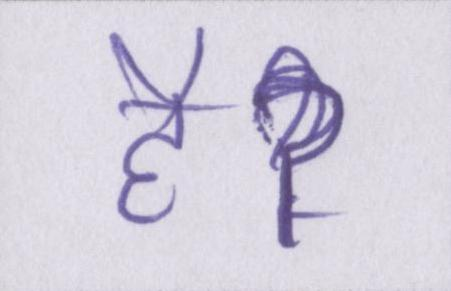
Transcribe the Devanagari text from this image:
हैॽ